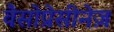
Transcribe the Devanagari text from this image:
वैसोप्रेसीनेज़